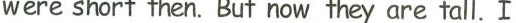
were short then. But now they are tall.I